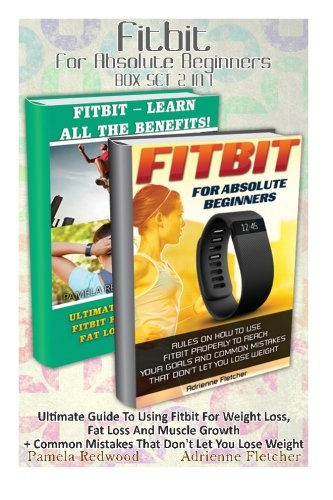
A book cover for Fitbit For Absolute Beginners BOX SET 2 IN 1: Ultimate Guide To Using Fitbit For Weight Loss, Fat Loss And Muscle Growth + Common Mistakes That Don't ... Running (Running and Aerobics) (Volume 4); Adrienne Fletcher; Health, Fitness & Dieting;